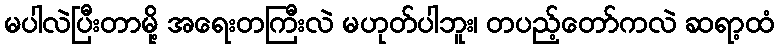
မပါလဲပြီးတာမို့ အရေးတကြီးလဲ မဟုတ်ပါဘူး၊ တပည့်တော်ကလဲ ဆရာ့ထံ